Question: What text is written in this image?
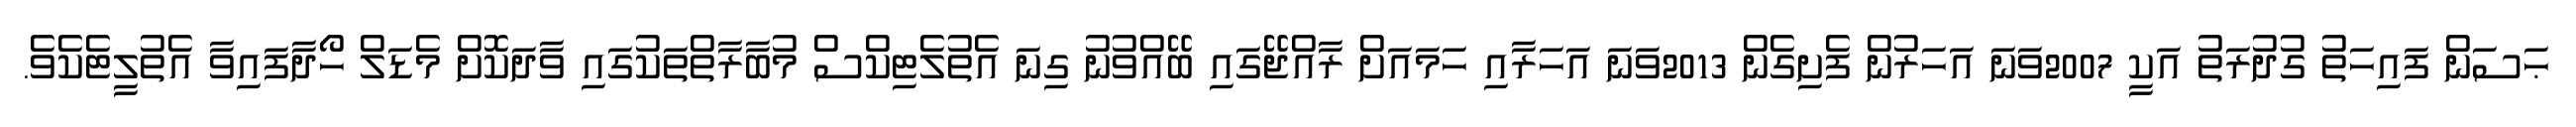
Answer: ޙަސަން ފައިހަތު ގުދުރަތު އަކީ 2007ވަނަ އަހަރުން ފެށިގެން 2013ވަނަ އަހަރާއި ހަމައަށް ރާއްޖޭގައި ބޭއްވުނު ގިނަ އެތުލެޓިކްސް މުބާރާތްތަކުގައި ވާދަކޮށް މެޑަލް ހޯދާފައިވާ އެތުލީޓެކެވެ.